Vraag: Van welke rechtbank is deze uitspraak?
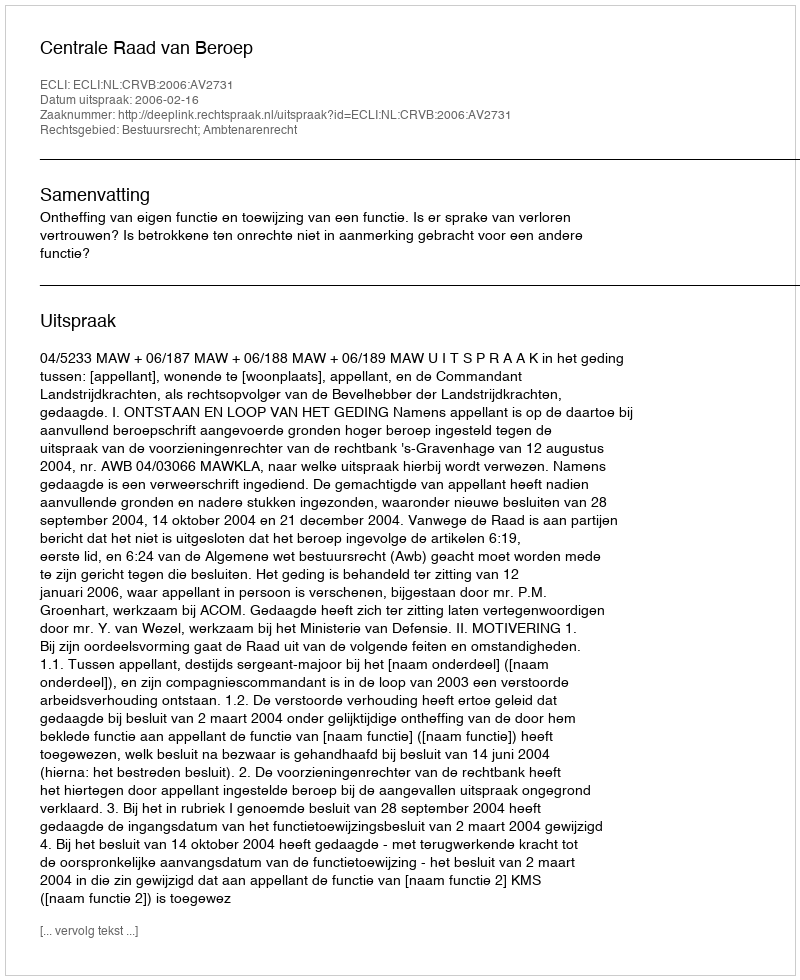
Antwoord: Centrale Raad van Beroep